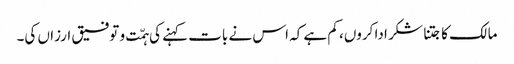
مالک کا جتنا شکر ادا کروں، کم ہے کہ اس نے بات کہنے کی ہمّت و توفیق ارزاں کی۔